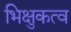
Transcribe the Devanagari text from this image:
भिक्षुकत्व